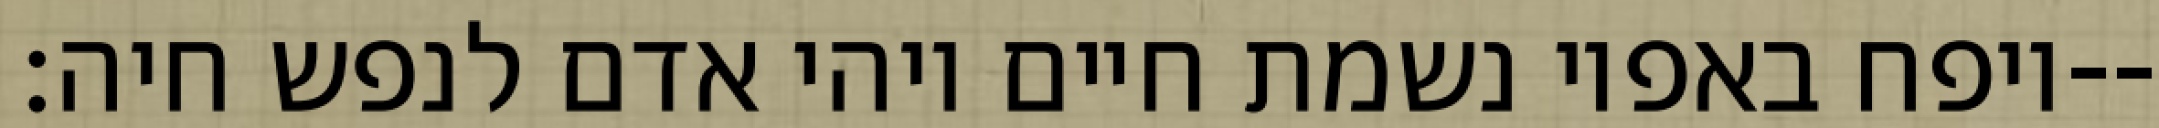
ויפח באפיו נשמת חיים ויהי אדם לנפש חיה׃--